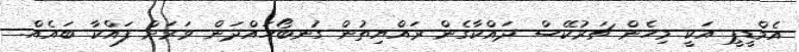
އެމްޑީޕީ އަކީ މިހެން ޗަރުކޭސް ދައްކާގެން ރައްޔިތުން ގުނބޯހައްދަން ވަރަށް ފައްކާ ބައެއް.